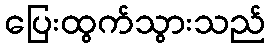
ပြေးထွက်သွားသည်